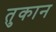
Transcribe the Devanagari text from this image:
तुकान